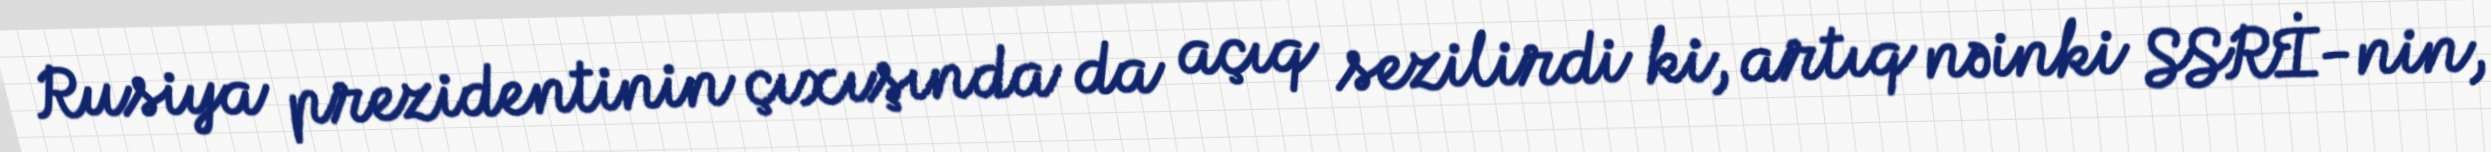
Rusiya prezidentinin çıxışında da açıq sezilirdi ki, artıq nəinki SSRİ-nin,